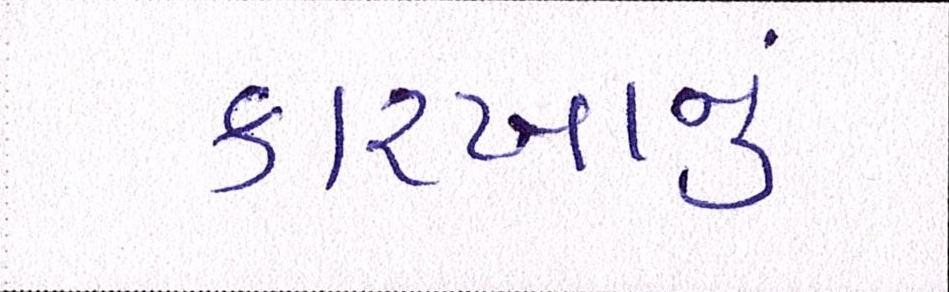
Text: કારખાનું